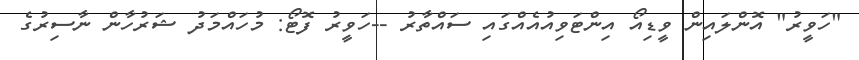
"ހަވީރު" އޮންލައިން ވީޑިއޯ އިންޓަވިއުއެއްގައި ސައްތާރު --ހަވީރު ފޮޓޯ: މުހައްމަދު ޝަރުހާން ނާސިރުގެ